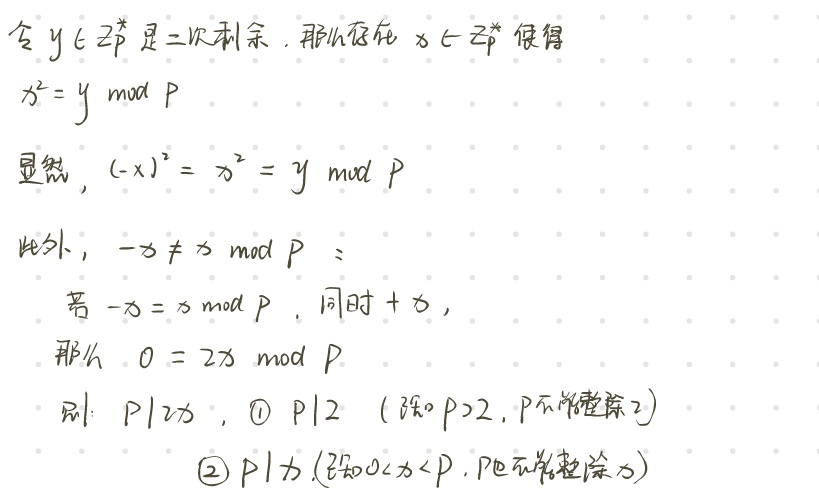
令$y\in\mathbb{Z}_p^*$是二次剩余，那么存在$x\in\mathbb{Z}_p^*$使得
$x^2 = y\bmod p$

显然，$(-x)^2 = x^2 = y\bmod p$

此外，$-x\not\equiv x\bmod p$：
若$-x\equiv x\bmod p$，同时$+x$，
那么$0 = 2x\bmod p$
则：$p\mid 2x$，\textcircled{1}$p\mid 2$（已知$p > 2$，$p$不能整除$2$）
\textcircled{2}$p\mid x$（已知$0 < x < p$，$p$不能整除$x$）